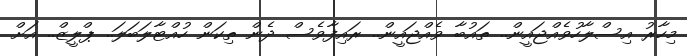
މިހާރު އިސްލާހުވެއްޖައީން.. ތައުބާ ވެއްޖައީން.. ރައިފާވެސް ދެން ތިކަން ހުއްޓާލަބަލަ.. ޕްލީޒް.. އަށް